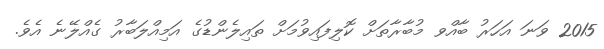
2015 ވަނަ އަހަރު ބާއްވ މުބާރާތަށް ކޮލިފައިވުމަށް ތައިލެންޑުގެ އަމިއްލަބާރު ގެއްލޭނެ އެވެ.